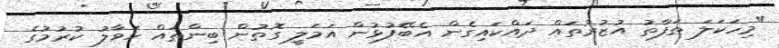
"މިހަކަލަ ތަފާތު އުޒުރުތައް ދައްކައިގެން އެބޭފުޅުން އަމަލީ ގޮތުން ބިންތައް ހަވާލު ކުރުމުގެ